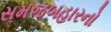
સમજબહારનો